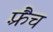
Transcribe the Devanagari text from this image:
फ़्रैंच